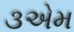
૩એમ